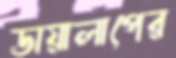
ডায়ালাপের